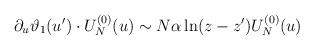
LaTeX: \begin{align*}\partial_u \vartheta_1(u') \cdot U_N^{(0)}(u) \sim N\alpha \ln(z-z')U_N^{(0)}(u)\end{align*}